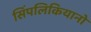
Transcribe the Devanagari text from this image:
सिंपलिकियानो